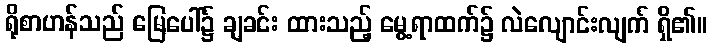
ရိုစာဟန်သည် မြေပေါ်၌ ချခင်း ထားသည့် မွေ့ရာထက်၌ လဲလျောင်းလျက် ရှိ၏။